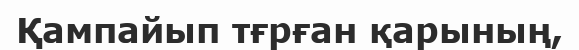
Қампайып тғрған қарының,